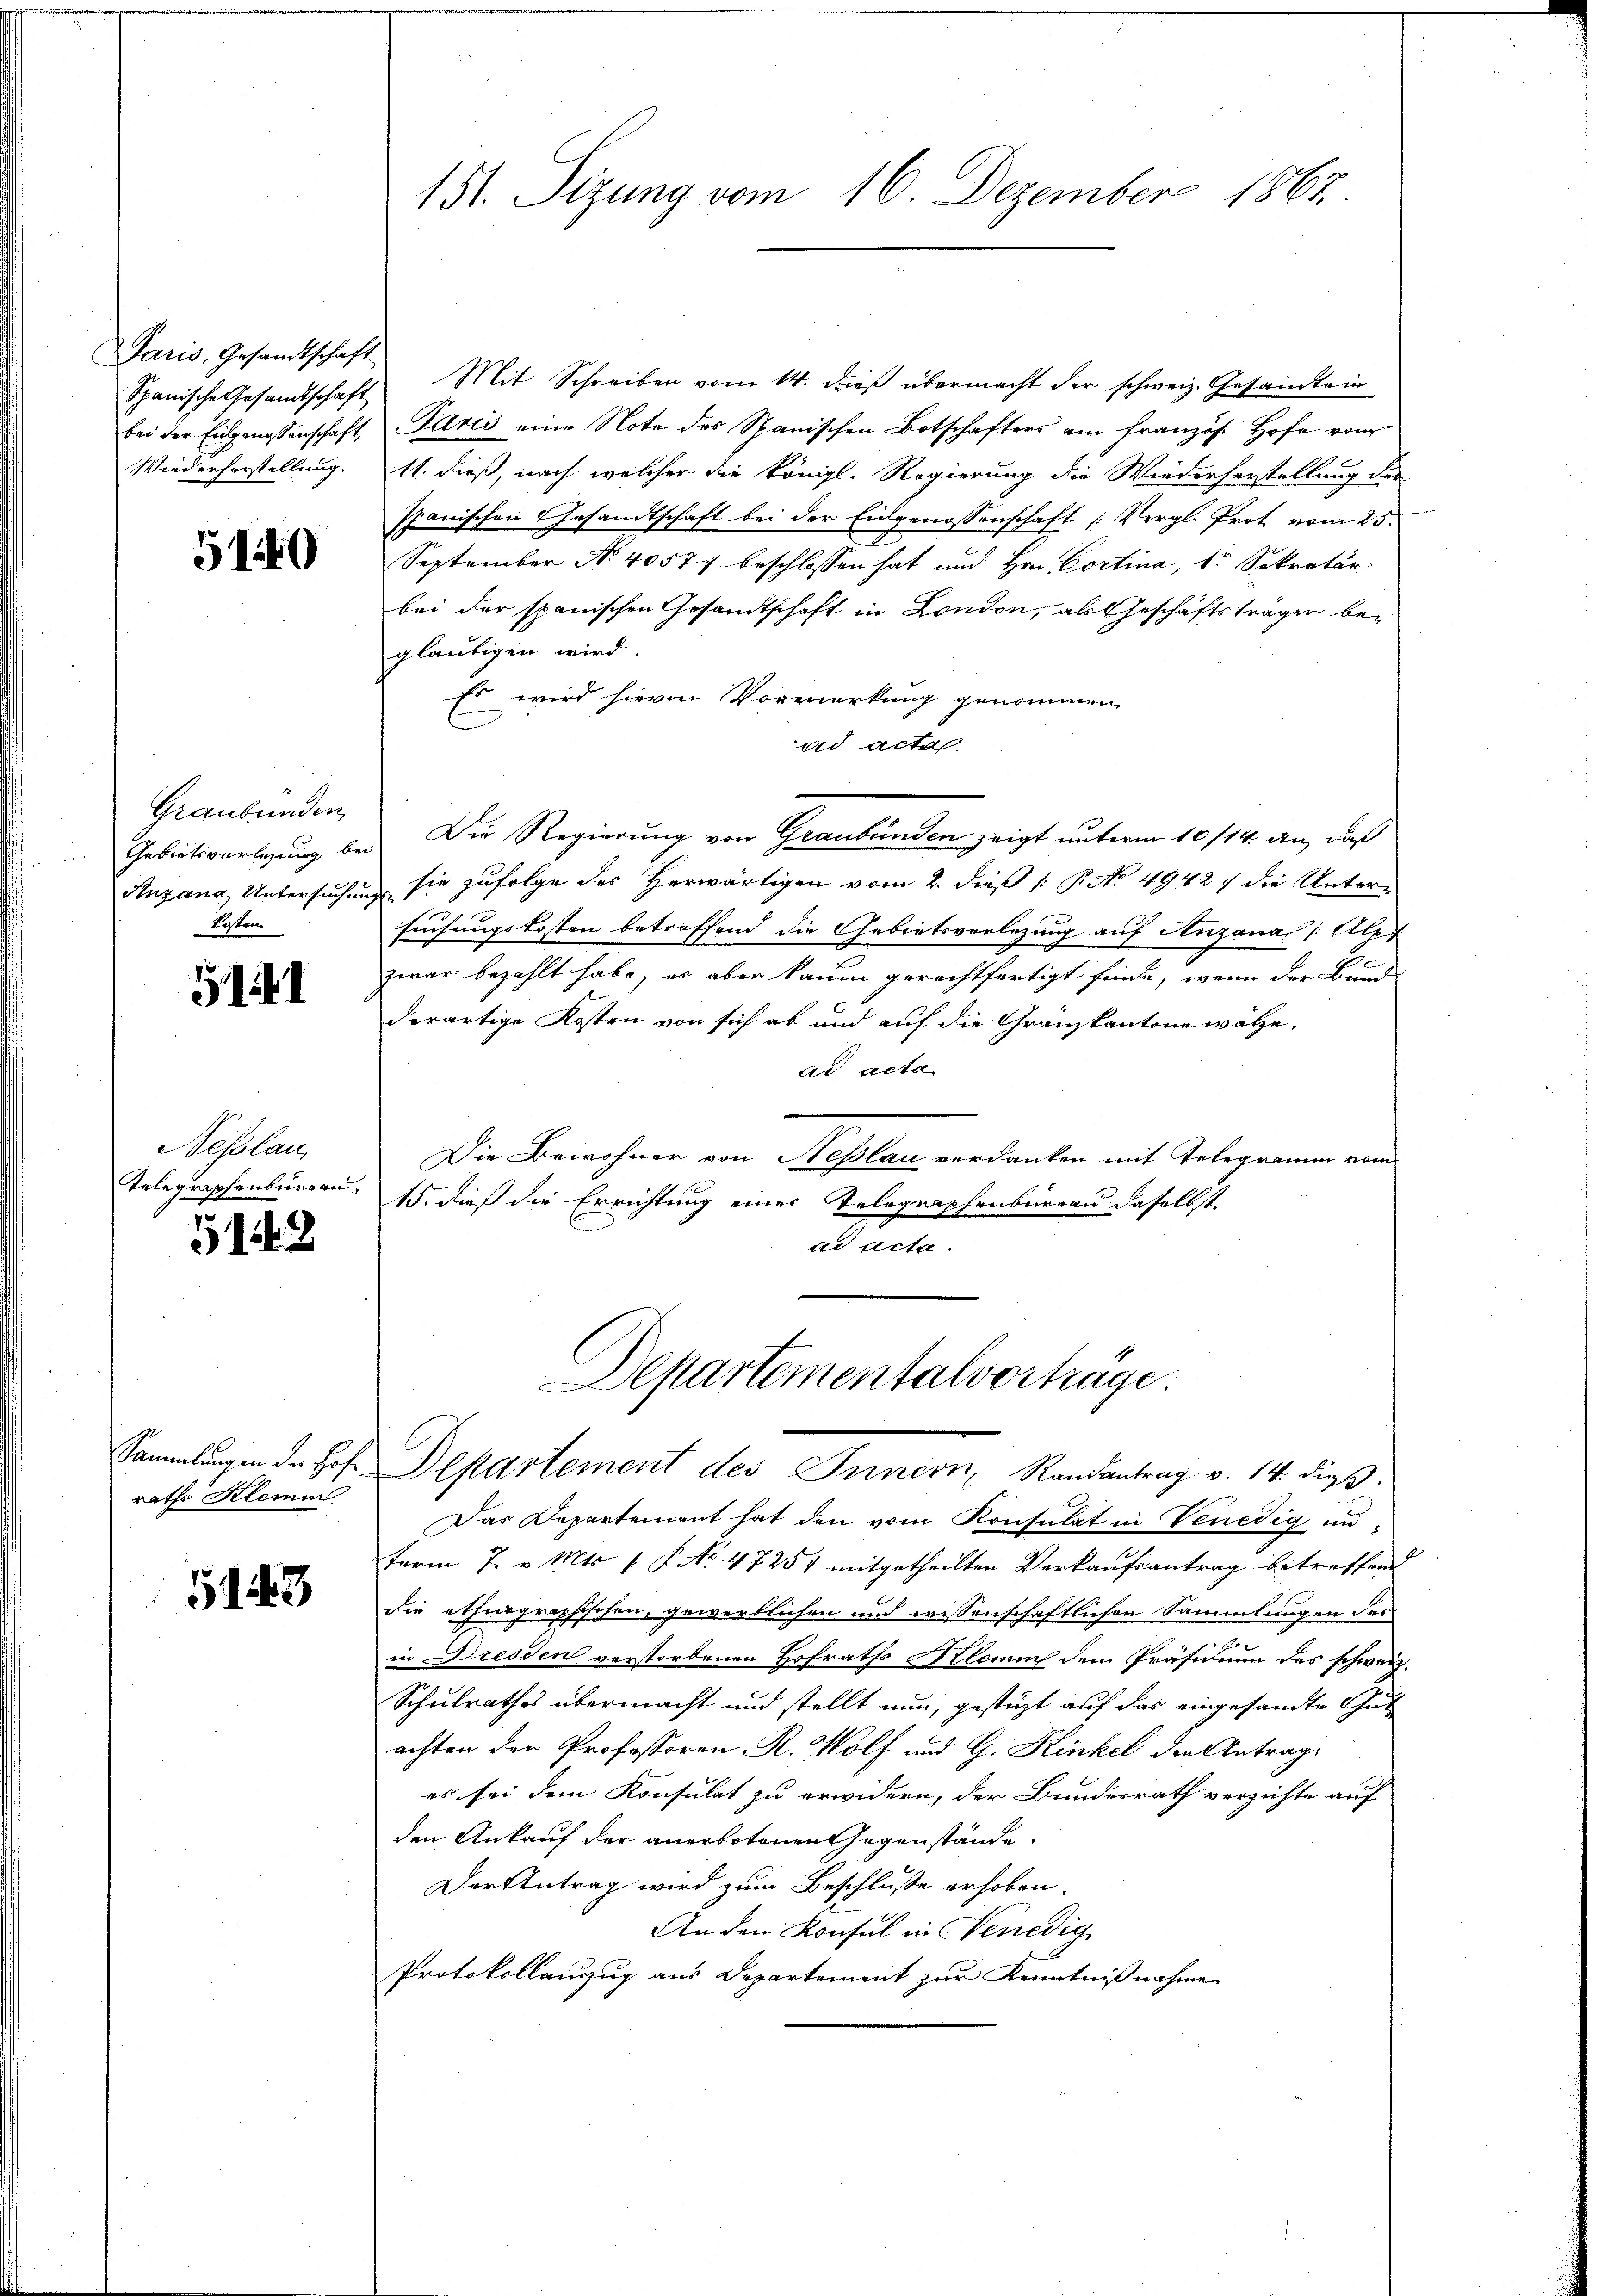
Paris, Gesandtschaft
Wiederforstellung.

5140

Graubünden,
Gebietsverlegung bei
Anzana, Untersuchung
kosten

511

Neslau,
Telegraphenburgen.

5148

rathe Klemm

5143

Spanische Gesandtschaft. Mit Schreiben vom 14. dieß übermacht der schweiz. Gesamte in
bei der Eingenossenschaft Paris eine Note des Spanischen Botschafters am Französ. Hofe vom
11. dieß, nach welcher die königl. Regierung die Wiederherstellung der
spanischen Gesandtschaft bei der Eidgenossenschaft (Vergl. Prot vom 25.
September No. 40577 beschlossen hat und Hrn. Cortina, 1. Sekretär
bei der spanischen Gesandtschaft in London, als Geschäftsträger begläubigen wird.
Es wird hievon Vormerkung genommen,
ad acte
Die Regierung von Graubünden zeigt unterm 10/14. an, daß
 sie zufolge des Herwärtigen vom 2. dieß (: P. No 49427 die Unter-
suchungskosten betreffend die Gebietsverlegung auf Anzana /: Alpt
zwar bezahlt habe, es aber kaum gerechtfertigt finde, wenn der Bund
derartige Kosten von sich ab und auf die Granzkantone wähe.
ad acta
Die Bewohner von Neßlau verdanken mit Telegramm vom
15. dieß die Errichtung einer Telegraphenbüreau daselbst
ad acta.
Departementalvorträge.
Sammlungen dr. Hof. Departement des Innern Randantrag v. 14. dieß.
Das Departement hat den vom Konsulat in Venedig unferm 7. v. Mts. 1 P. No. 47251 mitgetheilten Verkaufsantrag betreffend
die ethnographischen, gewerblichen und wissenschaftlichen Sammlungen des
in Dresden verstorbenen Hofraths Klein dem Präsidium des schweiz.
Schulrathes übermacht und stellt nun, gestüzt auf das eingesandte Gut
achten der Professoren R. Wolf und G. Kinkel den Antrages sei dem Konsulat zu erwidern, der Bundesrath verzichte auf
den Ankauf der anerbotenen Gegenstände
Der Antrag wird zum Beschlusse erhoben.
An den Konsul in Venedig
Protokollanzzug aus Departement zur Kenntnißnahme

151. Sizung vom 16. Dezember 1862